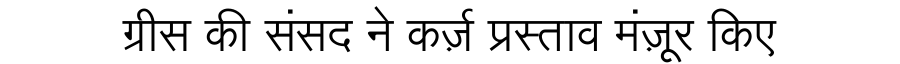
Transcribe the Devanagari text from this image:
ग्रीस की संसद ने कर्ज़ प्रस्ताव मंज़ूर किए